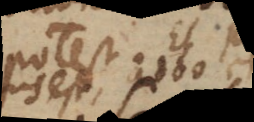
potest non